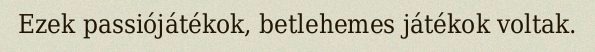
Ezek passiójátékok, betlehemes játékok voltak.